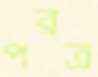
পরত্র